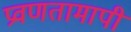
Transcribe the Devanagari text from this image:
प्रवणतामापी